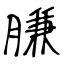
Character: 膁